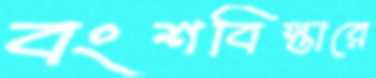
বংশবিস্তারে